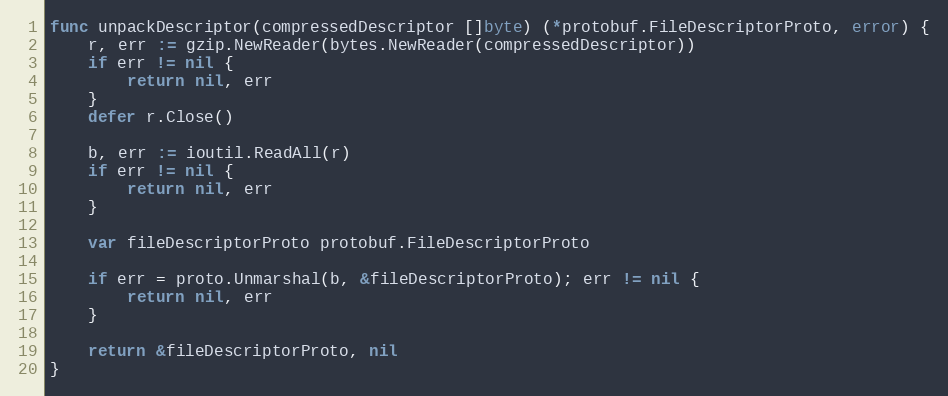
Language: Go
func unpackDescriptor(compressedDescriptor []byte) (*protobuf.FileDescriptorProto, error) {
	r, err := gzip.NewReader(bytes.NewReader(compressedDescriptor))
	if err != nil {
		return nil, err
	}
	defer r.Close()

	b, err := ioutil.ReadAll(r)
	if err != nil {
		return nil, err
	}

	var fileDescriptorProto protobuf.FileDescriptorProto

	if err = proto.Unmarshal(b, &fileDescriptorProto); err != nil {
		return nil, err
	}

	return &fileDescriptorProto, nil
}